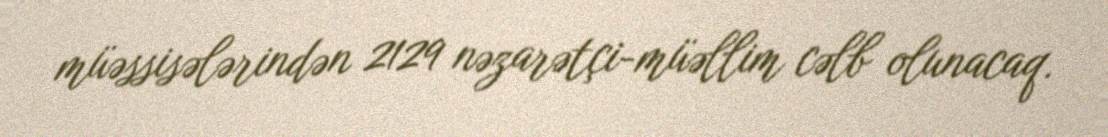
müəssisələrindən 2129 nəzarətçi-müəllim cəlb olunacaq.